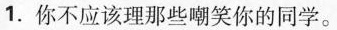
1.你不应该理那些嘲笑你的同学。